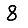
Digit: 8